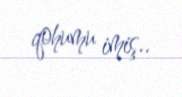
qohumu imiş..